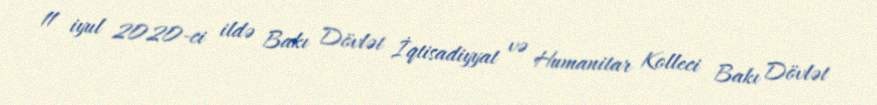
11 iyul 2020-ci ildə Bakı Dövlət İqtisadiyyat və Humanitar Kolleci Bakı Dövlət